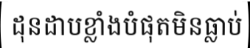
ដុនដាបខ្លាំងបំផុតមិនធ្លាប់